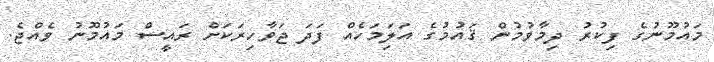
މައުމޫނުގެ ފިކުރު ދިމާވުމުން ޤައުމުގެ އަލިަމަހެއް ފަދަ ޖަވާހިރަކަށް ރައީސް މައުމޫނު ވެއްޖެ.